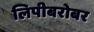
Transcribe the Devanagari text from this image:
लिपीबरोबर